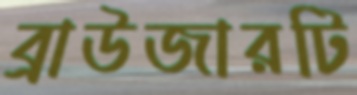
ব্রাউজারটি